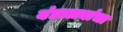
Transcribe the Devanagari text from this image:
बंडाळ्यांचा